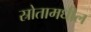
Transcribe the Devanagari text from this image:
स्रोतामधील